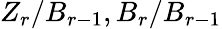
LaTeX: Z_{r}/B_{r-1},B_{r}/B_{r-1}